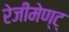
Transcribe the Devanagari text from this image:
रेजीमेण्ट्